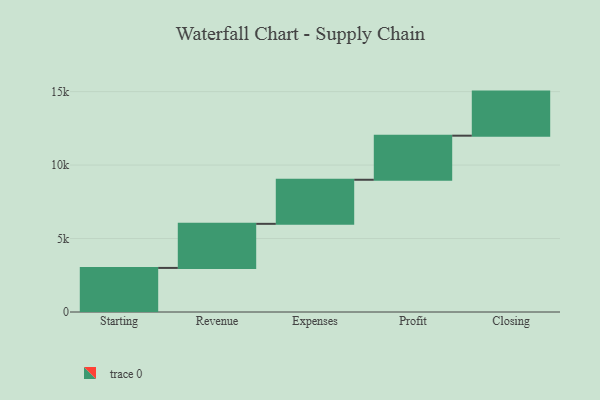
{"axis": {"x": "Step", "y": "Value"}, "legend": [""], "data": [{"x": "Starting", "y": 3000, "type": ""}, {"x": "Revenue", "y": 3000, "type": ""}, {"x": "Expenses", "y": 3000, "type": ""}, {"x": "Profit", "y": 3000, "type": ""}, {"x": "Closing", "y": 3000, "type": ""}]}